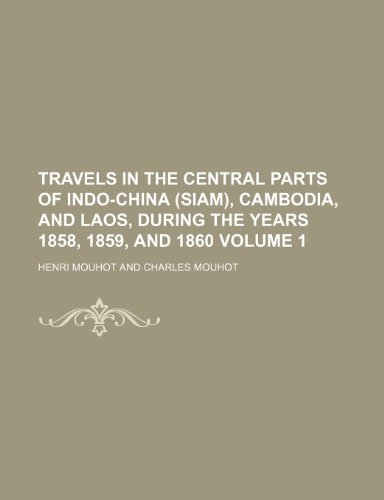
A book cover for Travels in the Central Parts of Indo-China (Siam), Cambodia, and Laos, During the Years 1858, 1859, and 1860 Volume 1; Henri Mouhot; Travel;